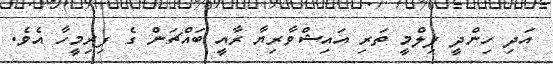
އަދި ހިންދީ ފިލްމީ ތަރި އައިޝްވާރިޔާ ރާއީ ބައްޗަން ގެ ފިރިމީހާ އެވެ.